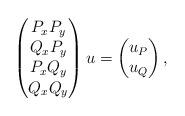
LaTeX: \begin{align*}\begin{pmatrix} P_x P_y \\ Q_x P_y \\ P_x Q_y\\ Q_x Q_y\end{pmatrix}u = \begin{pmatrix} u_P \\ u_Q \end{pmatrix},\end{align*}